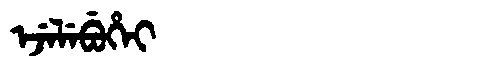
Manchu: ᡝᠵᡝᠯᡝᠪᡠᡥᡝᡳ
Romanization: EJELEBUHEI